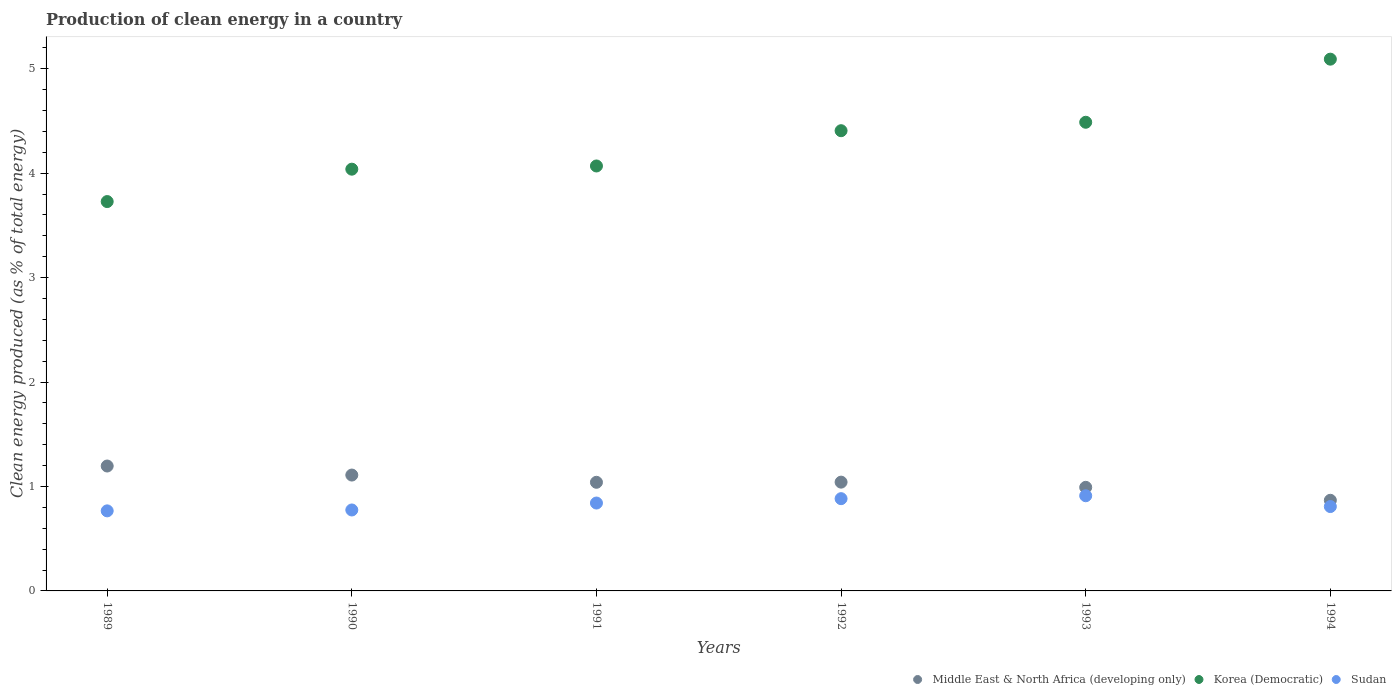
| Years | Middle East & North Africa (developing only) | Korea (Democratic) | Sudan |
 | --- | --- | --- | --- |
 | 1989 | 1.2 | 3.73 | 0.767 |
 | 1990 | 1.11 | 4.04 | 0.775 |
 | 1991 | 1.04 | 4.07 | 0.841 |
 | 1992 | 1.04 | 4.41 | 0.883 |
 | 1993 | 0.992 | 4.49 | 0.911 |
 | 1994 | 0.868 | 5.09 | 0.808 |